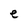
Character: e